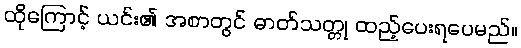
ထိုကြောင့် ယင်း၏ အစာတွင် ဓာတ်သတ္တု ထည့်ပေးရပေမည်။